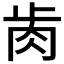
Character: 𦙡